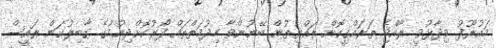
މައުރޫފު ވިދާޅުވީ ރާއްޖެ ތަރައްގީކޮށް ރައްޔިތުން ބޭނުންވާ ހިދުމަތްތައް ފޯރުކޮށްދިނުމުގެ ގާބިލުކަން ރައީސް